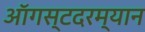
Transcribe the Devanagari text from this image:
ऑगस्टदरम्यान